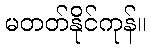
မတတ်နိုင်ကုန်။